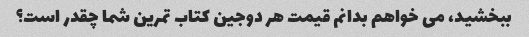
ببخشید، می خواهم بدانم قیمت هر دوجین کتاب تمرین شما چقدر است؟